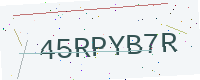
Text: 45RPYB7R